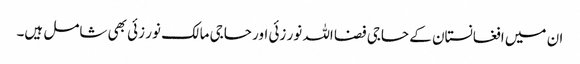
ان میں افغانستان کے حاجی فضا اللہ نور زئی اور حاجی مالک نور زئی بھی شامل ہیں۔